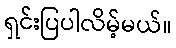
ရှင်းပြပါလိမ့်မယ်။